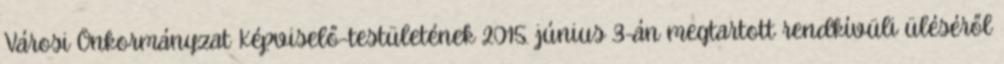
Városi Önkormányzat Képviselő-testületének 2015. június 3-án megtartott rendkívüli üléséről